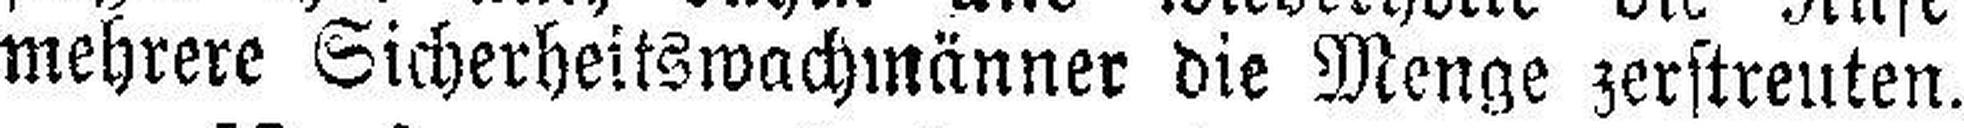
mehrere Sicherheitswachmänner die Menge zerstreuten.